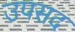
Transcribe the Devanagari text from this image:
उपसद